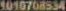
1010708534